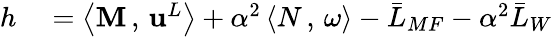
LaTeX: \begin{array}{rl}{h}&{{}=\left<\mathbf{M}\, ,\, {\mathbf{u}}^{L}\right>+\alpha^{2}\left<N\, ,\, \omega\right>-\bar{L}_{MF}-\alpha^{2}\bar{L}_{W}}\end{array}